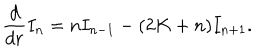
\frac { d } { d r } I _ { n } = n I _ { n - 1 } - ( 2 K + n ) I _ { n + 1 } .